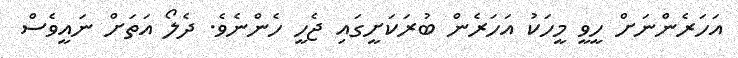
އަހަރެންނަށް ހީވީ މީހަކު އަހަރެން ބުރަކަށީގައި ޖެހީ ހެންނެވެ. ދެލޯ އަތަށް ނައީވެސް